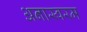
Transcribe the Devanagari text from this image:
अनास्वरम